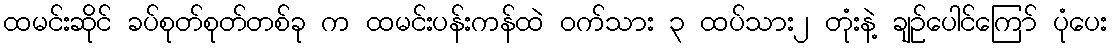
ထမင်းဆိုင် ခပ်စုတ်စုတ်တစ်ခု က ထမင်းပန်းကန်ထဲ ဝက်သား ၃ ထပ်သား၂ တုံးနဲ့ ချဉ်ပေါင်ကြော် ပုံပေး